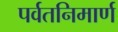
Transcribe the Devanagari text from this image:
पर्वतनिमार्ण